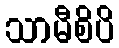
သာမီစိပိ